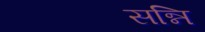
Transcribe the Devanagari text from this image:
सन्नि